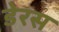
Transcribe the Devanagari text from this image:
डेरस